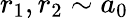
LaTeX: r_{1},r_{2}\sim a_{0}